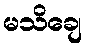
မသိချေ